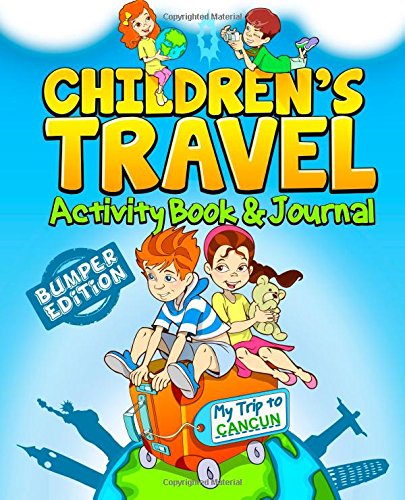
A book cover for Children's Travel Activity Book & Journal: My Trip to Cancun; TravelJournalBooks; Travel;